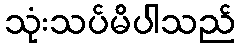
သုံးသပ်မိပါသည်